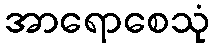
အာရောစေသုံ